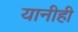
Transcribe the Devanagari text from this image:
यानीही